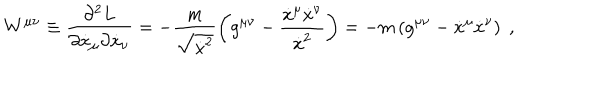
LaTeX: W ^ { \mu \nu } \equiv \frac { \partial ^ { 2 } L } { \partial \dot { x } _ { \mu } \partial \dot { x } _ { \nu } } = - \frac { m } { \sqrt { \dot { x } ^ { 2 } } } \left( g ^ { \mu \nu } - \frac { \dot { x } ^ { \mu } \dot { x } ^ { \nu } } { \dot { x } ^ { 2 } } \right) = - m \left( g ^ { \mu \nu } - \dot { x } ^ { \mu } \dot { x } ^ { \nu } \right) \; ,